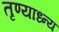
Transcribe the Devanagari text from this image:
तृण्याध्न्य